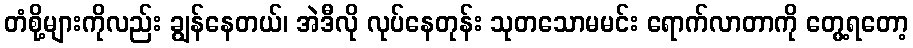
တံစို့များကိုလည်း ချွန်နေတယ်၊ အဲဒီလို လုပ်နေတုန်း သုတသောမမင်း ရောက်လာတာကို တွေ့ရတော့